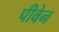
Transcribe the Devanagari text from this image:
पीवेन